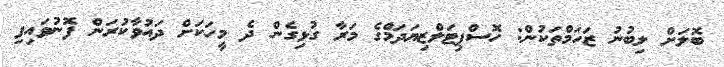
ބޮލަށް ލިބުނު ޒަހަމްތަކުން: ހޮސްޕިޓަލްޒިޔަދަމްގެ މަރާ ގުޅިގެން ދެ މީހަކަށް ދައުވާކުރަން ފޮނުވައިފި